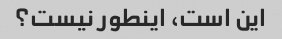
این است، اینطور نیست؟